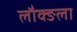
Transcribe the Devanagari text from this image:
लौक्ङला